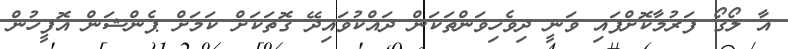
އާ ލޯގޯ ފަރުމާކޮށްފައި ވަނީ ދިވެހިވަންތަކަން ދައްކުވައިދޭ ގޮތަކަށް ކަމަށް ޕެންޝަން އޮފީހުން